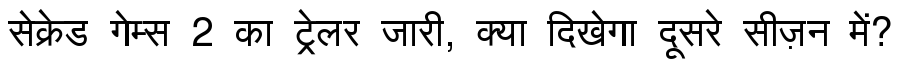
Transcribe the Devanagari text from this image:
सेक्रेड गेम्स 2 का ट्रेलर जारी, क्या दिखेगा दूसरे सीज़न में?